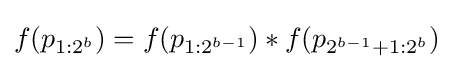
f(p_{1:2^{b}})=f(p_{1:2^{b-1}})*f(p_{2^{b-1}+1:2^{b}})